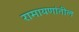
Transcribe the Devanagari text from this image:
रामायणांतील